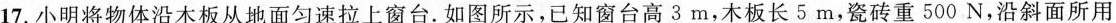
17.小明将物体沿木板从地面匀速拉上窗台。如图所示，已知窗台高3m，木板长5m，瓷砖重500N，沿斜面所用